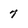
Character: 7